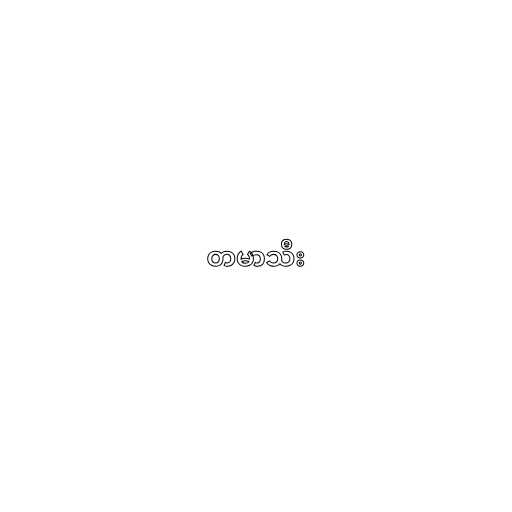
တမာသီး